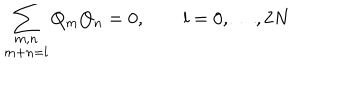
\sum _ { \stackrel { \scriptstyle m , n } { m + n = l } } Q _ { m } Q _ { n } = 0 , \qquad l = 0 , \ldots , 2 N